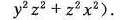
y ^ { 2 } z ^ { 2 } + z ^ { 2 } x ^ { 2 } )$$.